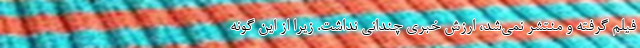
فيلم گرفته و منتشر نمي‌شد، ارزش خبري چنداني نداشت. زيرا از اين گونه